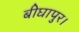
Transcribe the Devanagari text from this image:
बीघापुर।